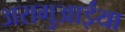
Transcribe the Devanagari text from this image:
अरागुआईया